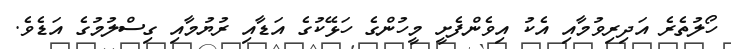
ހޯލުތެރެ އަދިރިވުމާއި އެކު އިވެންފެށީ މީހުންގެ ހަޅޭކުގެ އަޑާއި ރުޔުމާއި ގިސްލުމުގެ އަޑެވެ.